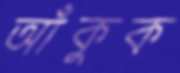
আঁকুক